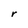
Character: r